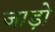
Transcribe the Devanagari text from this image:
जाड़ो